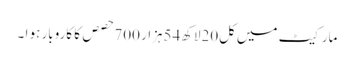
مارکیٹ میں کل20لاکھ54ہزار 700حصص کا کاروبار ہو ا ۔